Annual administration report of the Civil Veterinary Department of India - 1893-1894
Year: 1893
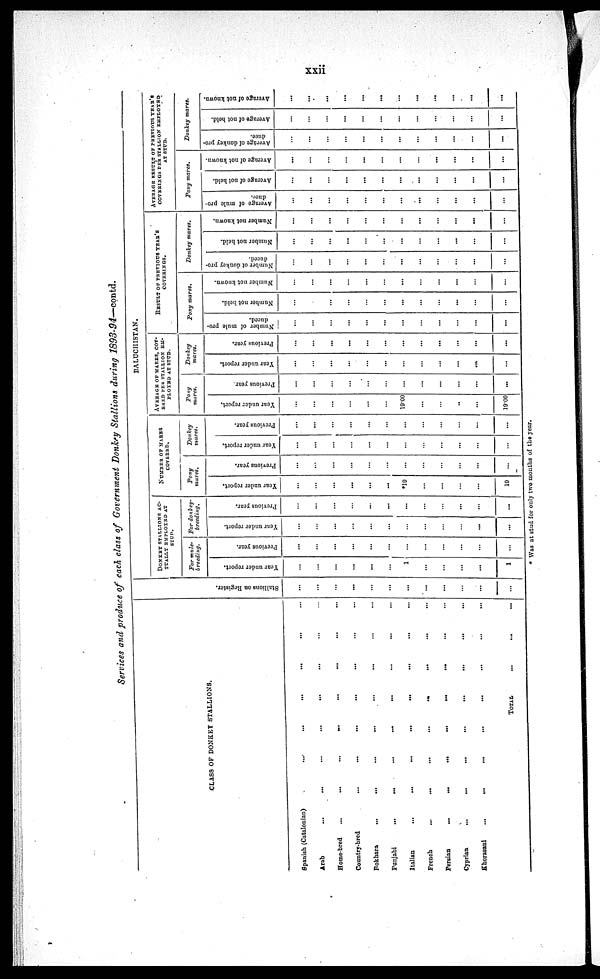
xxii
Services and produce of each class of Government Donkey Stallions during 1893-94—contd.
CLASS OF DONKEY STALLIONS.
Spanish (Catalonian) ... ... ... ... ... ... ...
Arab ... ... ... ... ... ... ... ...
Home-bred ... ... ... ... ... ... ... ...
Country-bred ... ... ... ... ... ... ... ...
Bokhara ... ... ... ... ... ... ... ...
Punjabi ... ... ... ... ... ... ... ...
Italian ... ... ... ... ... ... ... ...
French ... ... ... ... ... ... ... ...
Persian ... ... ... ... ... ... ... ...
Cyprian ... ... ... ... ... ... ... ...
Khoraeani ... ... ... ... ... ... ... ...
TOTAL ... ... ...
St al l
i
ons on Regi s t
er .
...
...
...
...
...
...
...
...
...
...
...
...
BALUCHISTAN.
DONKEY STALLIONS AC-
TUALLY EMPLOYED AT
STUD.
For mule-
breeding.
Year under report.
...
...
...
...
...
...
1
...
...
...
...
1
Previous year.
...
...
...
...
...
...
...
...
...
...
...
For donkey-
breeding.
Year under report.
...
...
...
...
...
...
...
...
...
...
...
Previous year.
...
...
...
...
...
...
...
...
...
...
...
...
NUMBER OF MARES
COVERED.
Pony
mares.
Year under report.
...
...
...
...
...
...
*19
...
...
...
...
19
Previous year.
...
...
...
...
...
...
...
...
...
...
...
...
Donkey
mares.
Year under report.
...
...
...
...
...
...
...
...
...
...
...
...
Previous year.
...
...
...
...
...
...
...
...
...
...
...
...
AVERAGE OF MARES
COVERED PER STALLION
EMPLOYED AT STUD.
Pony
mares.
Year under report.
...
...
...
...
...
...
19.00
...
...
..
...
19.00
Previous year
...
...
...
...
...
...
...
...
...
...
...
...
Donkey
mares.
Year under report.
...
...
...
...
...
...
...
...
...
...
...
...
Previous year.
...
...
...
...
...
...
...
...
...
...
...
...
RESULT OF PREVIOUS YEAR'S
COVERINGS.
Pony
mares.
Number of mule pro-
duced.
...
...
...
...
...
...
...
...
...
...
...
...
Number not held.
...
...
...
...
...
...
...
...
...
...
...
...
Number not known.
...
...
...
...
...
...
...
...
...
...
...
...
Donkey
mares.
Number of donkey pro-
duced.
...
...
...
...
...
...
...
...
...
...
...
...
Number not held.
...
...
...
...
...
...
...
...
...
...
...
...
Number not known.
...
...
...
...
...
...
...
...
...
...
...
...
AVERAGE RESULT OF PREVIOUS YEAR'S
COVERINGS PER STALLION EMPLOYED
AT STUD.
Pony mares.
Average of mule pro-
duce.
...
...
...
...
...
...
...
...
...
...
...
...
Average of not held.
...
...
...
...
...
...
...
...
...
...
...
...
Average of not known.
...
...
...
...
...
...
...
...
...
...
...
...
Donkey mares.
Average of donkey pro-
duce.
...
...
...
...
...
...
...
...
...
...
...
...
Average of not held.
...
...
...
...
...
...
...
...
...
...
...
...
Average of not known.
...
...
...
...
...
...
...
...
...
...
...
...
* Was at stud for only two months of the year.